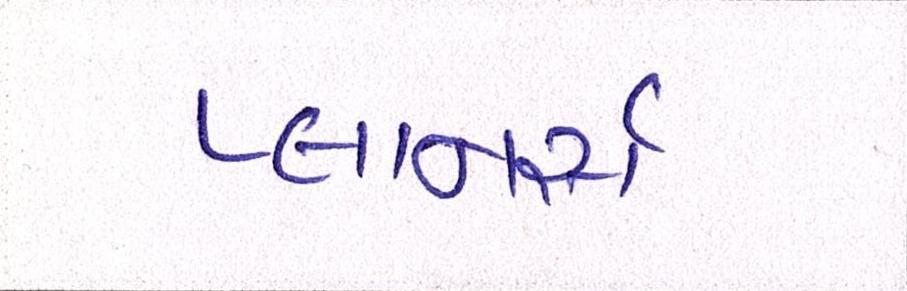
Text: પ્લાનર્સ